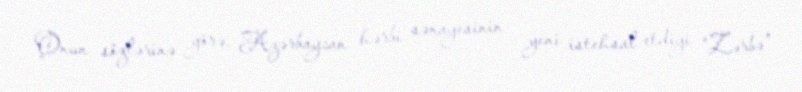
Onun sözlərinə görə, Azərbaycan hərbi sənayesinin yeni istehsal etdiyi “Zərbə”